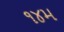
૧૪મ